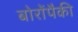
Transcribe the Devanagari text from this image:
बोरोंपैकी